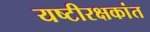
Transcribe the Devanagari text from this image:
यष्टीरक्षकांत